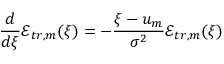
\frac { d } { d \xi } \mathcal { E } _ { t r , m } ( \xi ) = - \frac { \xi - u _ { m } } { \sigma ^ { 2 } } \mathcal { E } _ { t r , m } ( \xi )